Investigations into the jail dietaries of the United Provinces with some observations on the influence of dietary on the physical development and well-being of the people of the United Provinces - Number 48
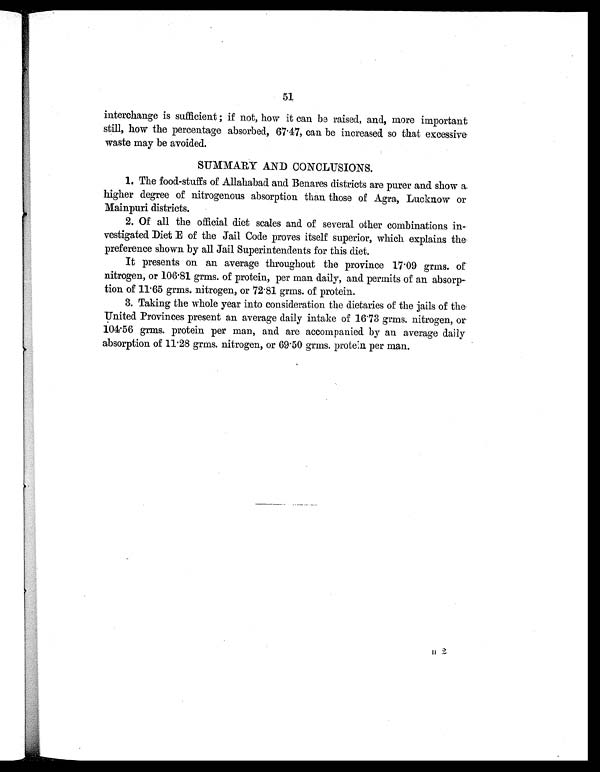
51
interchange is sufficient ; if not, how it can be raised, and, more important
still, how the percentage absorbed, 67.47, can be increased so that excessive
waste may be avoided.
SUMMARY AND CONCLUSIONS.
1. The food-stuffs of Allahabad and Benares districts are purer and show a.
higher degree of nitrogenous absorption than those of Agra, Lucknow or
Mainpuri districts.
2. Of all the official diet scales and of several other combinations in
vestigated Diet E of the Jail Code proves itself superior, which explains the
preference shown by all Jail Superintendents for this diet.
It presents on an average throughout the province 17.09 grms. of
nitrogen, or 106.81 grms. of protein, per man daily, and permits of an absorp
-tion of 11.65 grms. nitrogen, or 72.81 grms. of protein.
3. Taking the whole year into consideration the dietaries of the jails of the
United Provinces present an average daily intake of 16.73 grms. nitrogen, or
104.56 grms. protein per man, and are accompanied by an average daily
absorption of 11.28 grms. nitrogen, or 69.50 grms. protein per man
H
2.